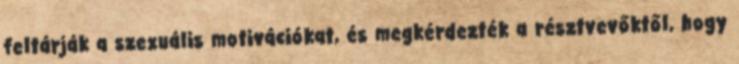
feltárják a szexuális motivációkat, és megkérdezték a résztvevőktől, hogy